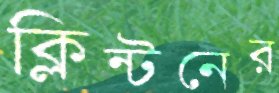
ক্লিন্টনের